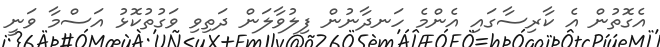
އެގޮތުން އެ ކާރިސާގައި އެންމެ ހަނދާނުން ފިލުވާލަން ދަތިވި ވަގުތުކޮޅު އަސްމާ ވަނީ